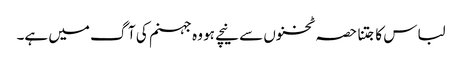
لباس کا جتنا حصہ ٹخنوں سے نیچے ہو وہ جہنم کی آگ میں ہے۔